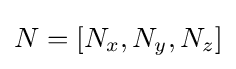
N=[N_{x},N_{y},N_{z}]